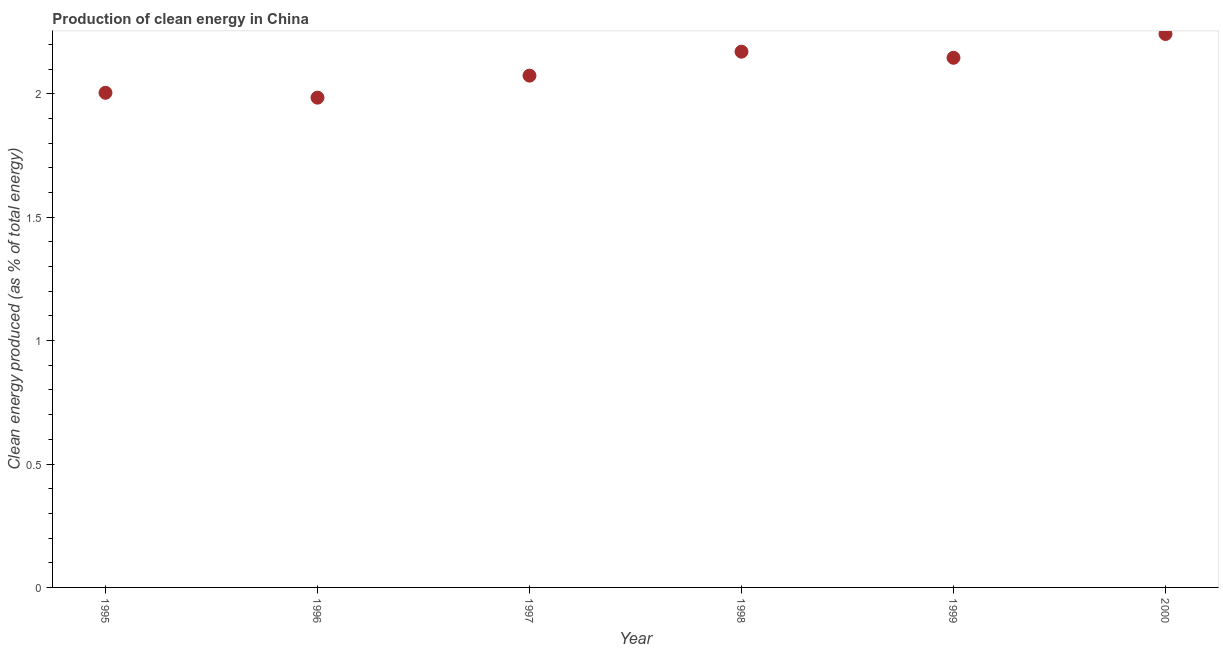
| Year | Alternative and nuclear energy |
 | --- | --- |
 | 1995 | 2 |
 | 1996 | 1.98 |
 | 1997 | 2.07 |
 | 1998 | 2.17 |
 | 1999 | 2.15 |
 | 2000 | 2.24 |